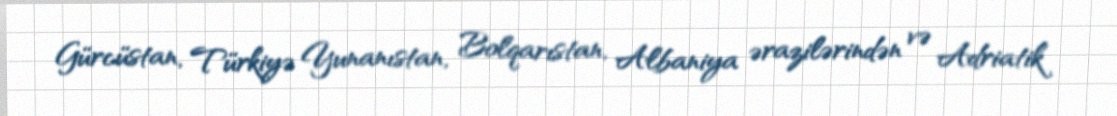
Gürcüstan, Türkiyə Yunanıstan, Bolqarıstan, Albaniya ərazilərindən və Adriatik